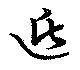
遁